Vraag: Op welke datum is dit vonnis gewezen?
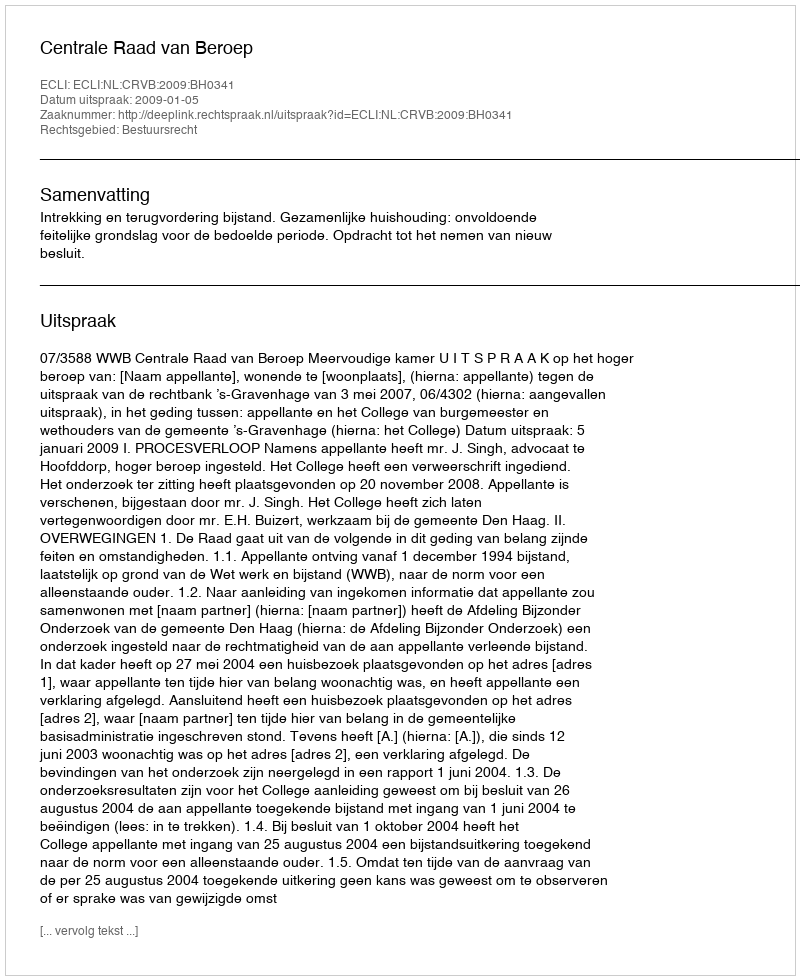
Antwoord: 2009-01-05